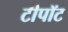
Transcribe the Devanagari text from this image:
टीपॉट